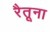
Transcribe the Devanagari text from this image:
रैतूना